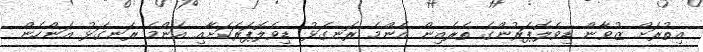
އިތުރަށް ޒުވާން ޑިވެލޮޕަރުންގެ ތެރެއިން އެންމެ ރަނގަޅު ޑިވެލޮޕަރަކަށާއި އެންމެ ރަނގަޅު އަންހެން